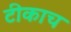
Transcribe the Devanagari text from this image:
टीकाच